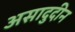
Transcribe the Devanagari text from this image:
असादुदीन